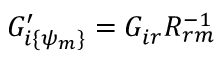
G _ { i \{ \psi _ { m } \} } ^ { \prime } = G _ { i r } ^ { } R _ { r m } ^ { - 1 }